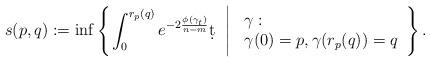
LaTeX: \begin{align*}s(p,q):=\inf\left\{\left.\int_0^{r_p(q)}e^{-2\frac{\phi(\gamma_t)}{n-m}}\d t\;\;\right|\left.\begin{array}{ll}&\!\!\!\!\gamma:\\&\!\!\!\!{\gamma}(0)=p, {\gamma}(r_p(q))=q\end{array}\right.\right\}.\end{align*}